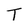
Character: T